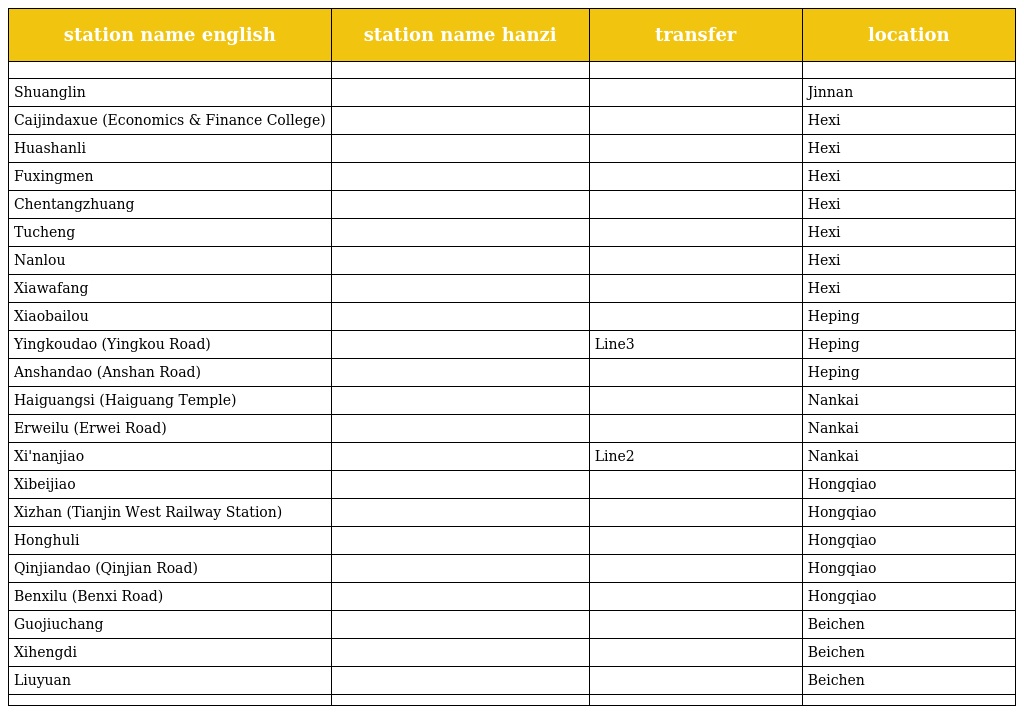
| station name english | station name hanzi | transfer | location |
 | --- | --- | --- | --- |
 |  |  |  |  |
 | Shuanglin | 双林 |  | Jinnan |
 | Caijindaxue (Economics & Finance College) | 财经大学 |  | Hexi |
 | Huashanli | 华山里 |  | Hexi |
 | Fuxingmen | 复兴门 |  | Hexi |
 | Chentangzhuang | 陈塘庄 |  | Hexi |
 | Tucheng | 土城 |  | Hexi |
 | Nanlou | 南楼 |  | Hexi |
 | Xiawafang | 下瓦房 |  | Hexi |
 | Xiaobailou | 小白楼 |  | Heping |
 | Yingkoudao (Yingkou Road) | 营口道 | Line3 | Heping |
 | Anshandao (Anshan Road) | 鞍山道 |  | Heping |
 | Haiguangsi (Haiguang Temple) | 海光寺 |  | Nankai |
 | Erweilu (Erwei Road) | 二纬路 |  | Nankai |
 | Xi'nanjiao | 西南角 | Line2 | Nankai |
 | Xibeijiao | 西北角 |  | Hongqiao |
 | Xizhan (Tianjin West Railway Station) | 西站 |  | Hongqiao |
 | Honghuli | 洪湖里 |  | Hongqiao |
 | Qinjiandao (Qinjian Road) | 勤俭道 |  | Hongqiao |
 | Benxilu (Benxi Road) | 本溪路 |  | Hongqiao |
 | Guojiuchang | 果酒厂 |  | Beichen |
 | Xihengdi | 西横堤 |  | Beichen |
 | Liuyuan | 刘园 |  | Beichen |
 |  |  |  |  |